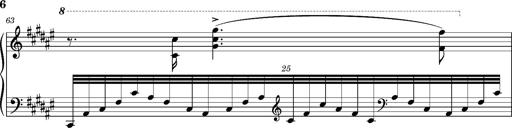
Title: Cavatine de Robert le Diable
Composer: Franz Liszt
Key: F-sharp minor